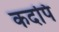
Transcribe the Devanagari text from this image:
कदपि